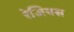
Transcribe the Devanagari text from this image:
रेजियस